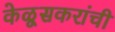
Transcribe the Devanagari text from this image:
केळूसकरांची